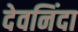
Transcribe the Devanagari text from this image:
देवनिंदा